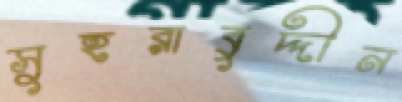
সুহরাবুদ্দীন